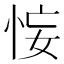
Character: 𢙗